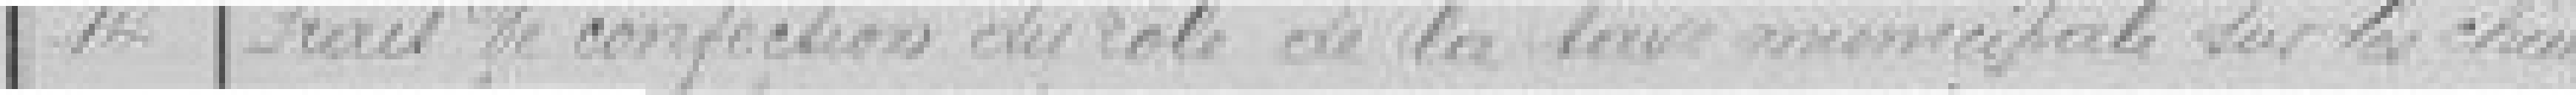
14 Frais de confection du rôle de la taxe municipale sur les chemins